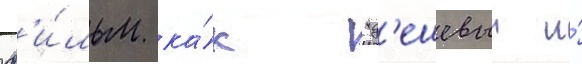
ф'и́льм ка́к "д'ешевыи и́